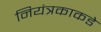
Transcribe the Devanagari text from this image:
नियंत्रकाकडे